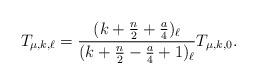
LaTeX: \begin{align*} T_{\mu,k,\ell} = \frac{(k+\frac{n}{2}+\frac{a}{4})_\ell}{(k+\frac{n}{2}-\frac{a}{4}+1)_\ell}T_{\mu,k,0}.\end{align*}